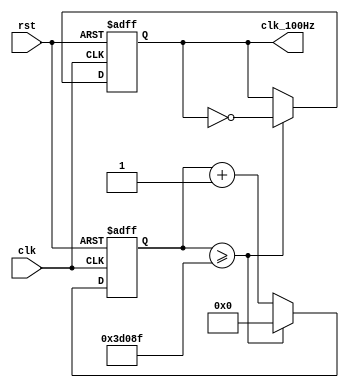
module fd_100Hz(
    input      clk,  // 50MHz input clk
    input      rst,
    output reg clk_100Hz
);

// 50,000,000Hz  100Hz500,000
// 250,000
localparam COUNT_MAX = 250000;

reg [24:0] count;  // 2525,000,000

always @(posedge clk or negedge rst) begin
    if (!rst) begin
        count <= 0;
        clk_100Hz <= 0;
    end else begin
        if (count >= COUNT_MAX - 1) begin
            count <= 0;
            clk_100Hz <= ~clk_100Hz;  // clk_1Hz
        end else begin
            count <= count + 1;
        end
    end
end

endmodule